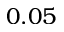
0 . 0 5